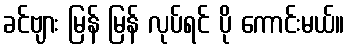
ခင်ဗျား မြန် မြန် လုပ်ရင် ပို ကောင်းမယ်။